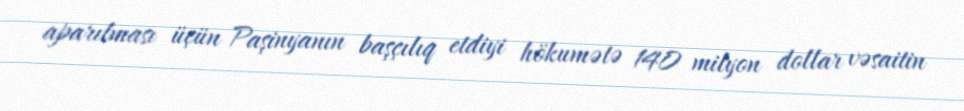
aparılması üçün Paşinyanın başçılıq etdiyi hökumətə 140 milyon dollar vəsaitin